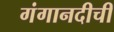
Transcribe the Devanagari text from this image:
गंगानदीची